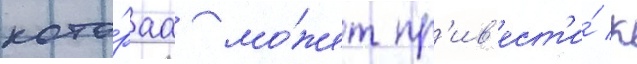
кото́раа мо́жет пр'ив'ест'и́ к